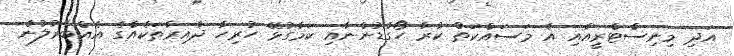
އަދި މިނިސްޓްރީއާއި އެ މަސައްކަތް ކުރާ ހޯގާޑުންނާއި ކަމާގުޅޭ ހުރިހާ ދާއިރާތަކެއްގެ އެއްބާރުލުން